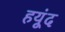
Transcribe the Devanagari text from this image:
हयूंद